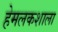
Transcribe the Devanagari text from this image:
हेमलकशाला